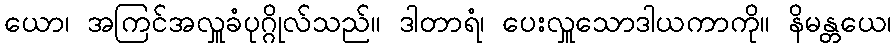
ယော၊ အကြင်အလှူခံပုဂ္ဂိုလ်သည်။ ဒါတာရံ၊ ပေးလှူသောဒါယကာကို။ နိမန္တယေ၊